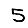
Digit: 5